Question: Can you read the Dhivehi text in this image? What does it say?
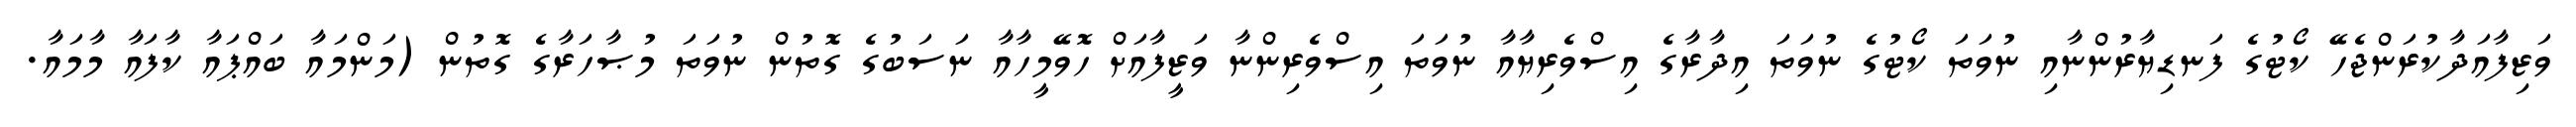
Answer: ވަޒިފާއަދާކުރަންޖެހޭ ކޯޓުގެ ފަނޑިޔާރުންނާއި ނުވަތަ ކޯޓުގެ ނުވަތަ އިދާރާގެ އިސްވެރިޔާއާ ނުވަތަ އިސްވެރިންނާ ވަޒީފާއަށް ހޮވޭމީހާއާ ނަސަބުގެ ގޮތުން ނުވަތަ މުޞާހަރާގެ ގޮތުން (މަންމައާ ބައްޕައާ ކާފައާ މާމައާ.